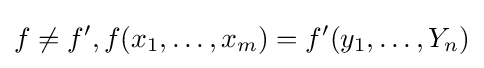
f\neq {f'},f(x_{1},\ldots ,x_{m})=f'(y_{1},\ldots ,Y_{n})